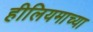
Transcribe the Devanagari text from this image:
हीलियमाच्या